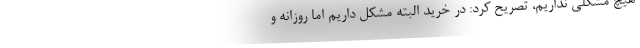
هیچ مشکلی نداریم، تصریح کرد: در خرید البته مشکل داریم اما روزانه و